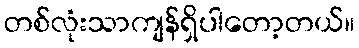
တစ်လုံးသာကျန်ရှိပါတော့တယ်။